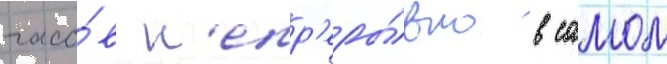
часо́в н'епр'еры́вно в самом